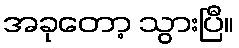
အခုတော့ သွားပြီ။